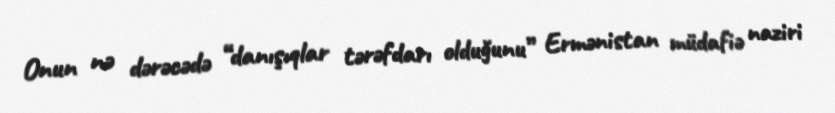
Onun nə dərəcədə “danışıqlar tərəfdarı olduğunu” Ermənistan müdafiə naziri